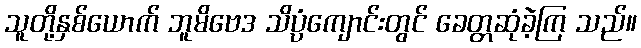
သူတို့နှစ်ယောက် ဘူမိဗေဒ သိပ္ပံကျောင်းတွင် ခေတ္တဆုံခဲ့ကြ သည်။